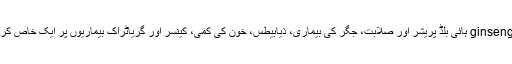
5، ریڈ ginseng ہائی بلڈ پریشر اور صلابت، جگر کی بیماری، ذیابیطس، خون کی کمی، کینسر اور گریاٹراک بیماریوں پر ایک خاص کردار ہے ۔